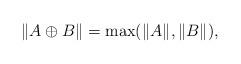
LaTeX: \begin{align*}\|A\oplus B\|=\max(\|A\|,\|B\|),\end{align*}